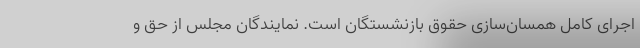
اجرای کامل همسان‌سازی حقوق بازنشستگان است. نمایندگان مجلس از حق و